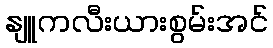
နျူကလီးယားစွမ်းအင်